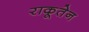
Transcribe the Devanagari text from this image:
राकूतेन